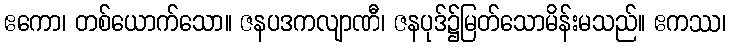
ဧကော၊ တစ်ယောက်သော။ ဇနပဒကလျာဏီ၊ ဇနပုဒ်၌မြတ်သောမိန်းမသည်။ ဧကဿ၊